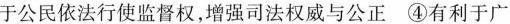
于公民依法行使监督权，增强司法权威与公正④有利于广